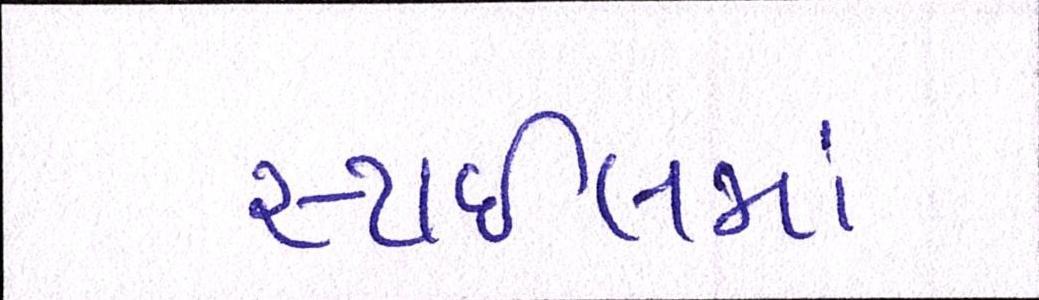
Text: સ્ટાઈલમાં